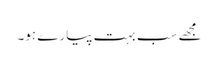
مجھے سب بہت پیارے ہو۔